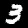
Label: 3